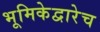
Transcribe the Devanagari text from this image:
भूमिकेद्वारेच